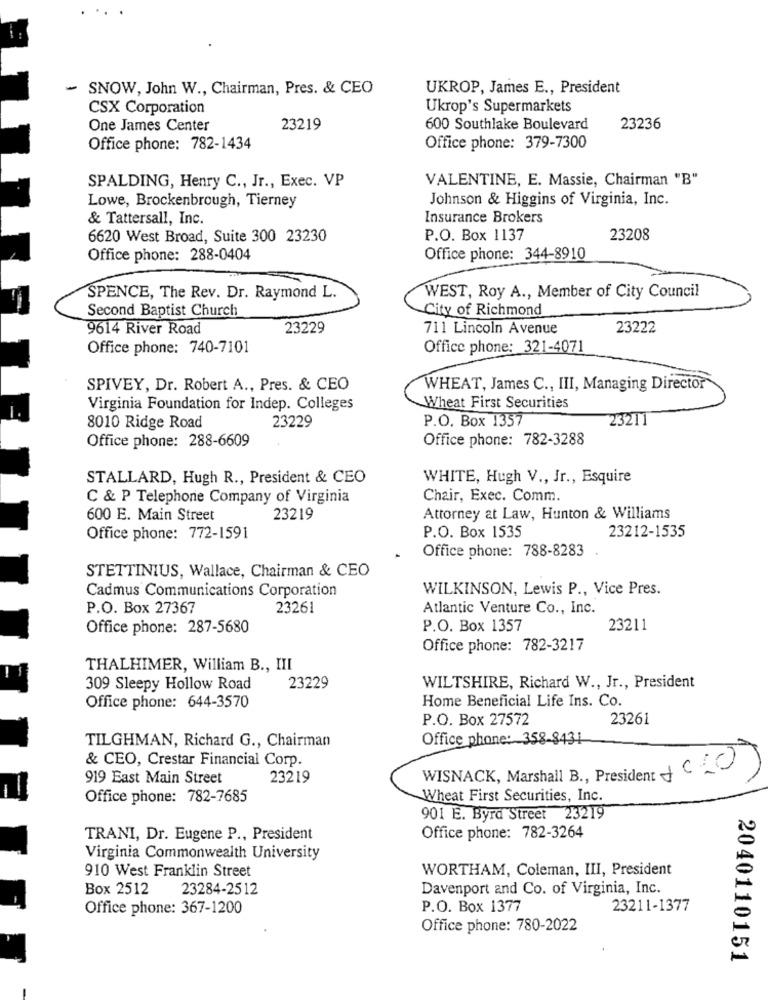
- SNOW, John W ., Chairman, Pres. & CEO
UKROP, James E ., President
CSX Corporation
Ukrop's Supermarkets
One James Center
23219
600 Southlake Boulevard
23236
Office phone: 782-1434
Office phone: 379-7300
SPALDING, Henry C ., Jr ., Exec. VP
VALENTINE, E. Massie, Chairman "B"
Lowe, Brockenbrough, Tierney
Johnson & Higgins of Virginia, Inc.
& Tattersall, Inc.
Insurance Brokers
6620 West Broad, Suite 300 23230
P.O. Box 1137
23208
Office phone: 288-0404
Office phone: 344-8910
SPENCE, The Rev. Dr. Raymond L.
WEST, Roy A ., Member of City Council
Second Baptist Church
City of Richmond
9614 River Road
23229
711 Lincoln Avenue
23222
Office phone: 740-7101
Office phone: 321-4071
SPIVEY, Dr. Robert A ., Pres. & CEO
WHEAT, James C ., III, Managing Director
Virginia Foundation for Indep. Colleges
Wheat First Securities
8010 Ridge Road
23229
P.O. Box 1357
23211
Office phone: 288-6609
Office phone: 782-3288
STALLARD, Hugh R ., President & CEO
WHITE, Hugh V ., Jr ., Esquire
C & P Telephone Company of Virginia
Chair, Exec. Comm.
600 E. Main Street
23219
Attorney at Law, Hunton & Williams
P.O. Box 1535
23212-1535
Office phone: 772-1591
Office phone: 788-8283
STETTINIUS, Wallace, Chairman & CEO
Cadmus Communications Corporation
WILKINSON, Lewis P ., Vice Pres.
P.O. Box 27367
23261
Atlantic Venture Co ., Inc.
Office phone: 287-5680
P.O. Box 1357
23211
Office phone: 782-3217
THALHIMER, William B ., III
309 Sleepy Hollow Road
23229
WILTSHIRE, Richard W ., Jr ., President
Home Beneficial Life Ins. Co.
Office phone: 644-3570
P.O. Box 27572
23261
Office phone: 358-8431
TILGHMAN, Richard G ., Chairman
& CEO, Crestar Financial Corp.
WISNACK, Marshall B ., President 2020)
919 East Main Street
23219
Office phone: 782-7685
Wheat First Securities, Inc.
901 E. Byrd Street 23219
TRANI, Dr. Eugene P ., President
Office phone: 782-3264
Virginia Commonwealth University
WORTHAM, Coleman, III, President
910 West Franklin Street
Box 2512 23284-2512
Davenport and Co. of Virginia, Inc.
Office phone: 367-1200
P.O. Box 1377
23211-1377
Office phone: 780-2022
2040110151